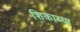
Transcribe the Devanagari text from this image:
शिकाव्या